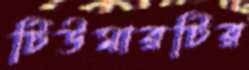
টিউমারটির